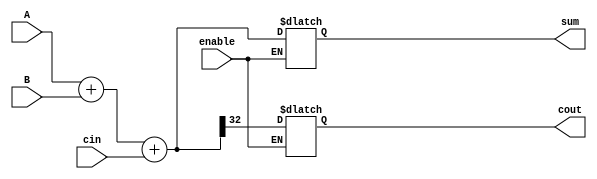
module Adder (
    input wire [31:0] A,
    input wire [31:0] B,
    input wire enable,
    input wire cin,
    output reg [32:0] sum,
    output reg cout
);

always @* begin
    if(enable) begin
        sum = A + B + cin;
        cout = sum[32];
    end
end

endmodule